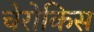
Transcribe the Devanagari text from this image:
चेरोकिस